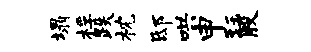
塌桴跌枕邸哄申珏殷